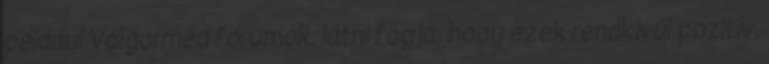
például Valgormed fórumok, látni fogja, hogy ezek rendkívül pozitív,